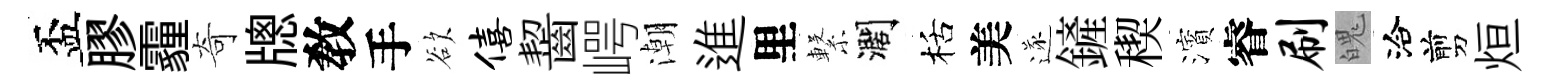
盃膠霾奇牕敎手欲僖齧崿潮進里繋濶栝美遂鏟稧濱睿刷魄洽剪烜